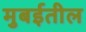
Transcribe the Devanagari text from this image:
मुबईतील